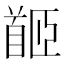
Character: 𩠛